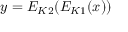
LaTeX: y = E _ { K 2 } ( E _ { K 1 } ( x ) )